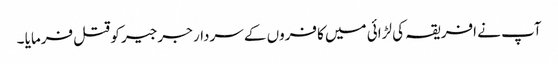
آپ نے افریقہ کی لڑائی میں کافروں کے سردار جرجیر کو قتل فرمایا ۔